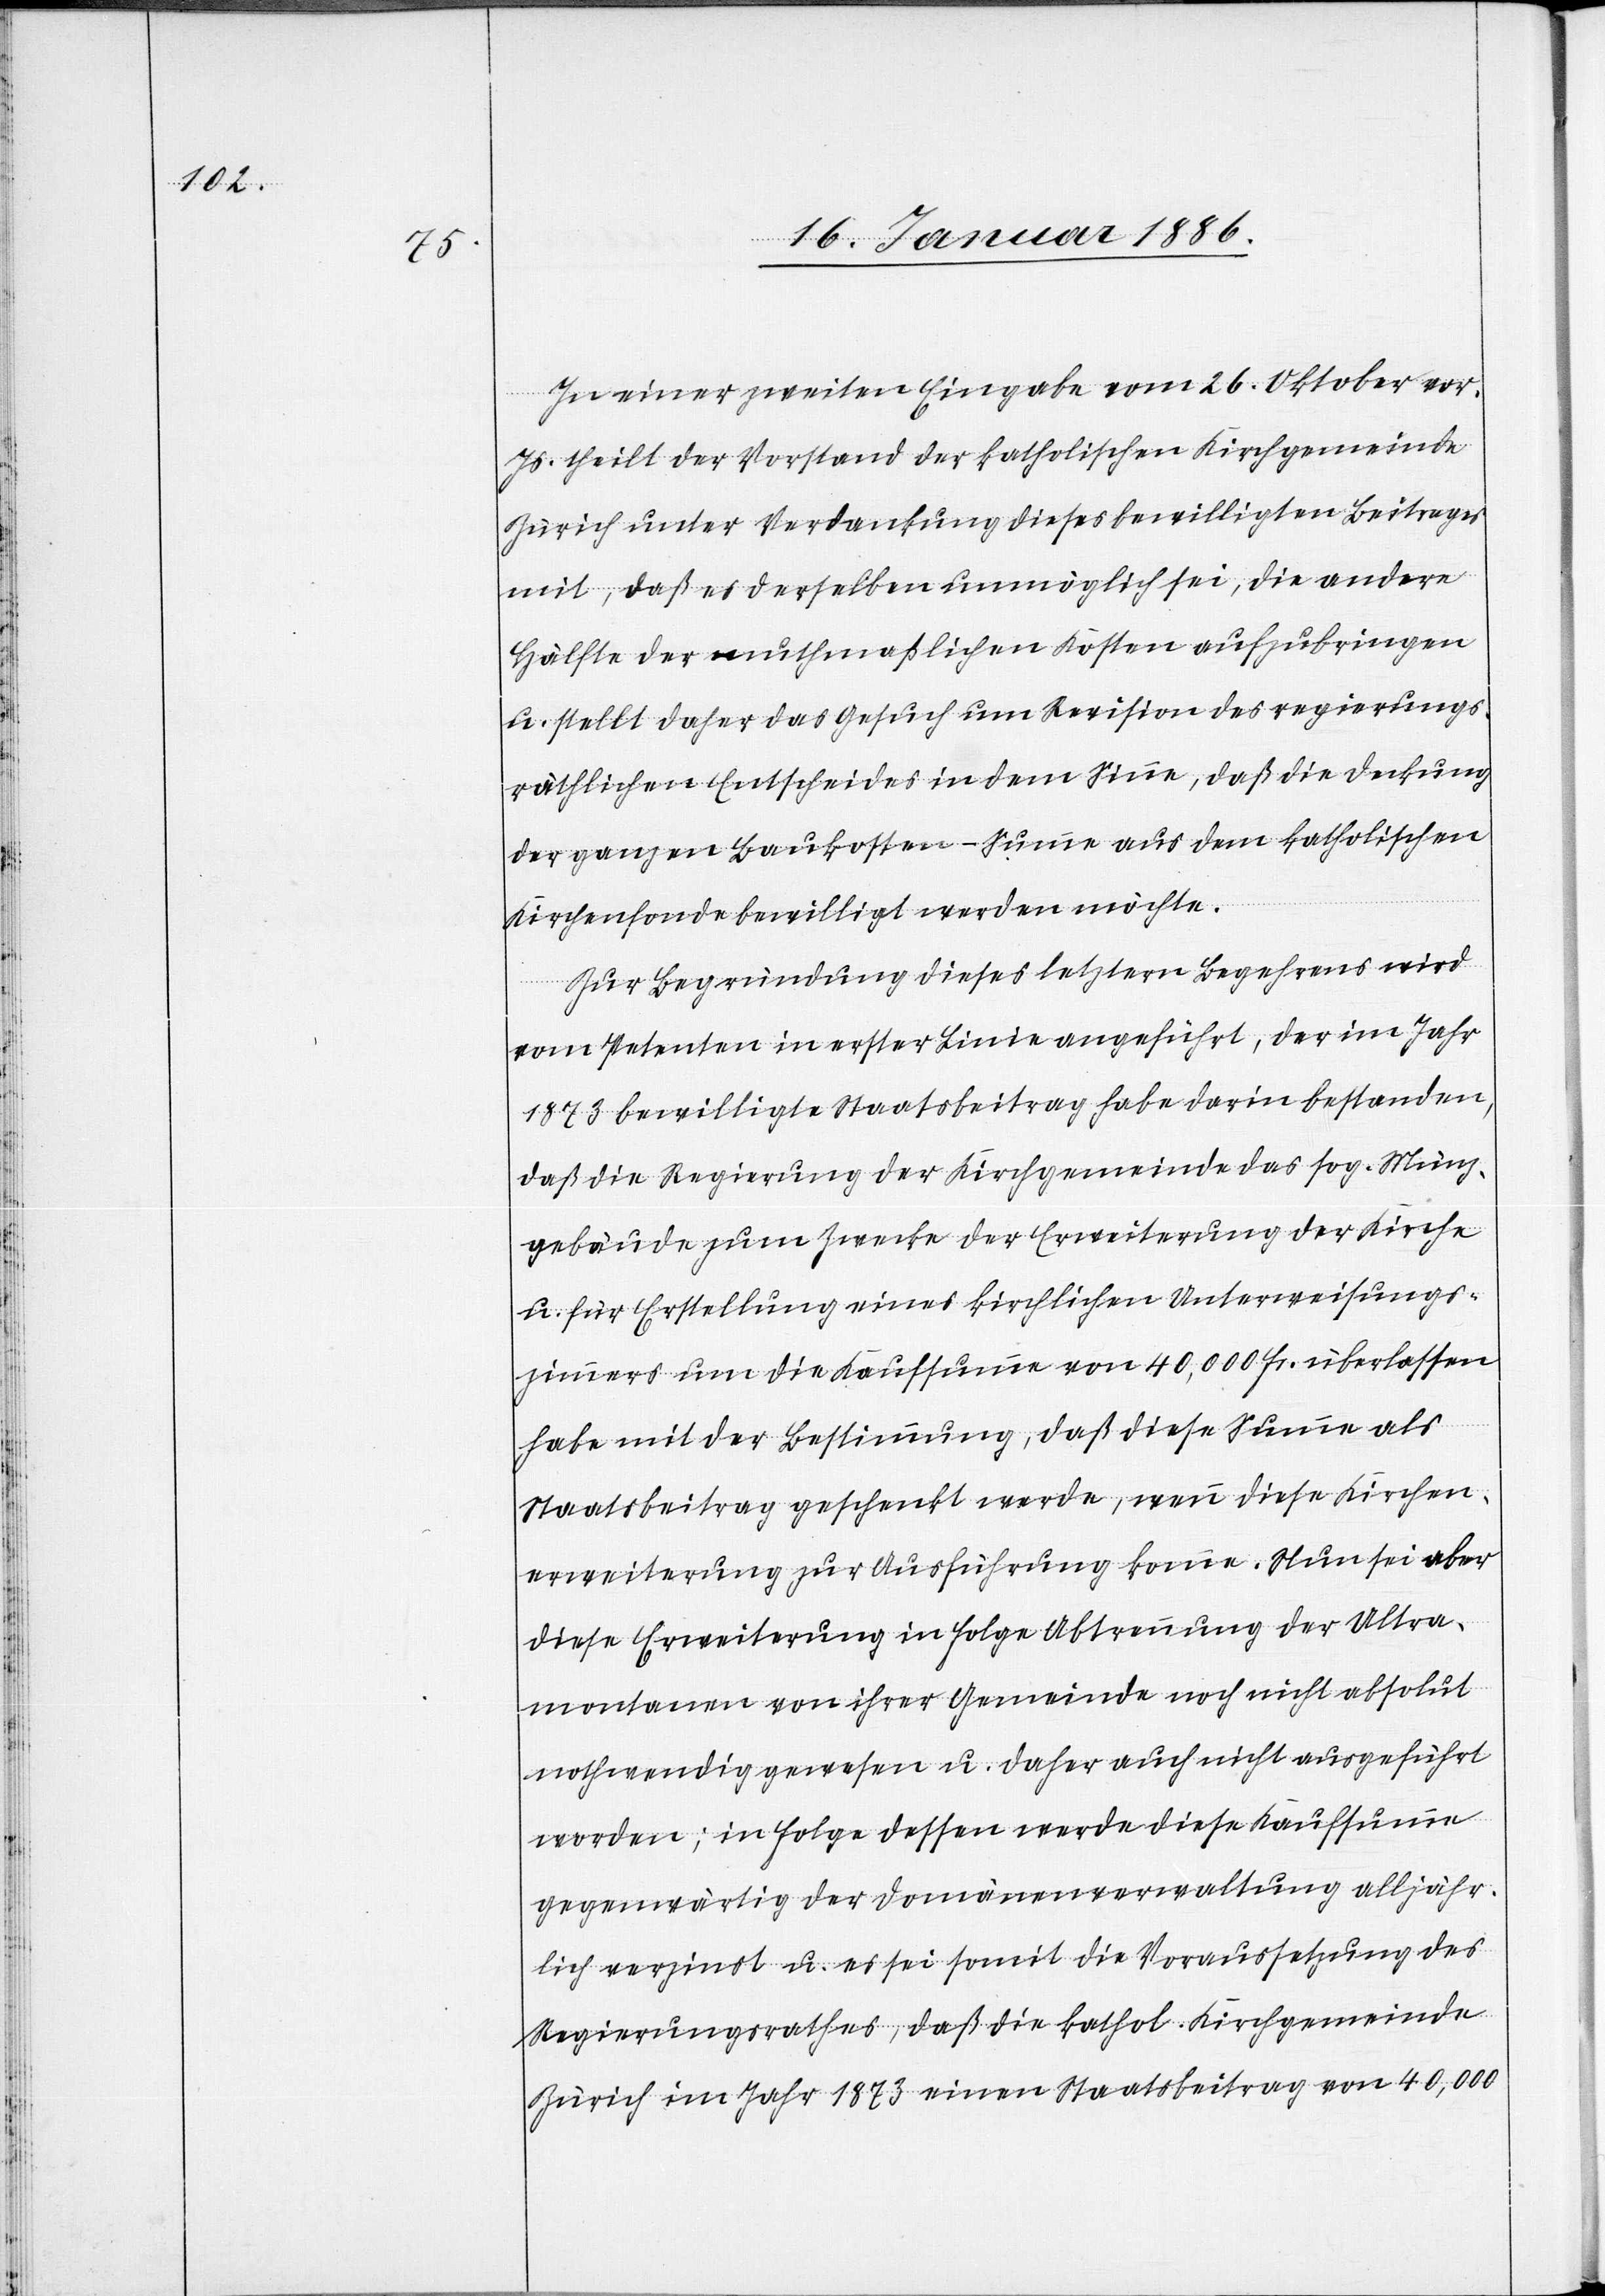
In einer zweiten Eingabe vom 26. Oktober vor.
Js. theilt der Vorstand der katholischen Kirchgemeinde
Zürich unter Verdankung dieses bewilligten Beitrages
mit, daß es derselben unmöglich sei, die andere
Hälfte der muthmaßlichen Kosten aufzubringen
u. stellt daher das Gesuch um Revision des regierungs¬
räthlichen Entscheides in dem Sinne, daß die Deckung
der ganzen Baukosten-Summe aus dem katholischen
Kirchenfonde bewilligt werden möchte.
Zur Begründung dieses letztern Begehrens wird
vom Petenten in erster Linie angeführt, der im Jahr
1873 bewilligte Staatsbeitrag habe darin bestanden,
daß die Regierung der Kirchgemeinde das sog. Münz¬
gebäude zum Zwecke der Erweiterung der Kirche
u. für Erstellung eines kirchlichen Unterweisungs¬
zimmers um die Kaufsumme von 40,000 Fr. überlassen
habe mit der Bestimmung, daß diese Summe als
Staatsbeitrag geschenkt werde, wenn diese Kirchen¬
erweiterung zur Ausführung komme. Nun sei aber
diese Erweiterung in Folge Abtrennung der Ultra¬
montanen von ihrer Gemeinde noch nicht absolut
nothwendig gewesen u. daher auch nicht ausgeführt
worden; in Folge dessen werde diese Kaufsumme
gegenwärtig der Domänenverwaltung alljähr¬
lich verzinst u. es sei somit die Voraussetzung des
Regierungsrathes, daß die kathol. Kirchgemeinde
Zürich im Jahr 1873 einen Staatsbeitrag von 40,000